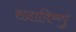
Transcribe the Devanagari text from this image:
सदाविष्णु